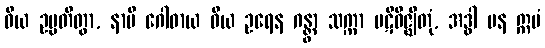
ဝိယ ဥပ္ပတိတွာ, နာပိ ဂေါဓာယ ဝိယ ဥရေန ဂန္တွာ သက္ကာ ပဋိဝိဇ္ဈိတုံ, အဒ္ဓါ ပန ဣမံ